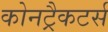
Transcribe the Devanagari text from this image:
कोनट्रैकटर्स